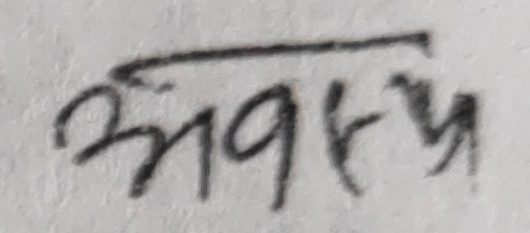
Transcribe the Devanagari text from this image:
अवश्य